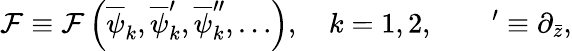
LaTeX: {\cal F}\equiv{\cal F}\left(\overline{{\psi}}_{k},\overline{{\psi}}_{k}^{\prime},\overline{{\psi}}_{k}^{\prime\prime},\ldots\right),\quad k=1,2,\qquad^{\prime}\equiv\partial_{\bar{z}},